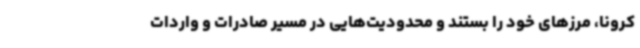
کرونا، مرزهای خود را بستند و محدودیت‌هایی در مسیر صادرات و واردات